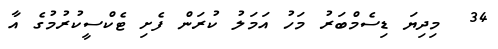
34  މިދިޔަ ޑިސެމްބަރު މަހު އަމަލު ކުރަން ފެށި ޓެކްސީކުރުމުގެ އާ